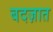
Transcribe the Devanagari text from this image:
बदज़ात